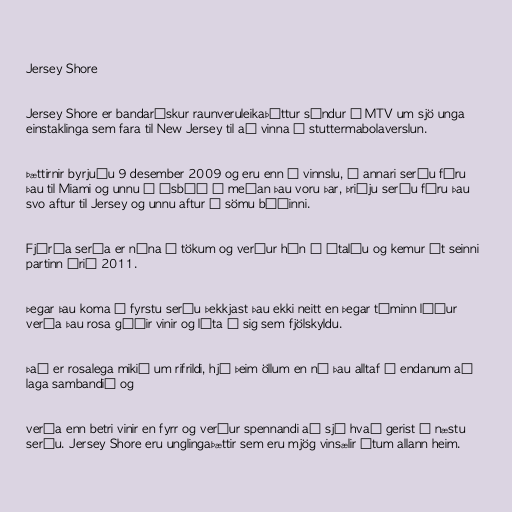
Jersey Shore

Jersey Shore er bandarískur raunveruleikaþáttur sýndur á MTV um sjö unga
einstaklinga sem fara til New Jersey til að vinna í stuttermabolaverslun.

Þættirnir byrjuðu 9 desember 2009 og eru enn í vinnslu, í annari seríu fóru
þau til Miami og unnu í ísbúð á meðan þau voru þar, þriðju seríu fóru þau
svo aftur til Jersey og unnu aftur í sömu búðinni.

Fjórða sería er núna í tökum og verður hún á Ítalíu og kemur út seinni
partinn árið 2011.

Þegar þau koma í fyrstu seríu þekkjast þau ekki neitt en þegar tíminn líður
verða þau rosa góðir vinir og líta á sig sem fjölskyldu.

Það er rosalega mikið um rifrildi, hjá þeim öllum en ná þau alltaf á endanum að
laga sambandið og

verða enn betri vinir en fyrr og verður spennandi að sjá hvað gerist í næstu
seríu. Jersey Shore eru unglingaþættir sem eru mjög vinsælir útum allann heim.